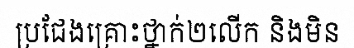
ប្រជែងគ្រោះថ្នាក់២លើក និងមិន